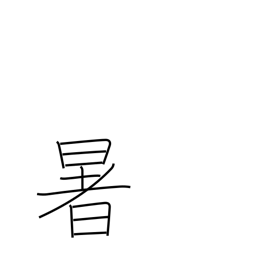
Meaning: sultry